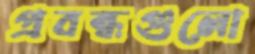
প্রবন্ধগুলো